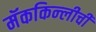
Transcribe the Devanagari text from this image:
मॅककिन्लीची